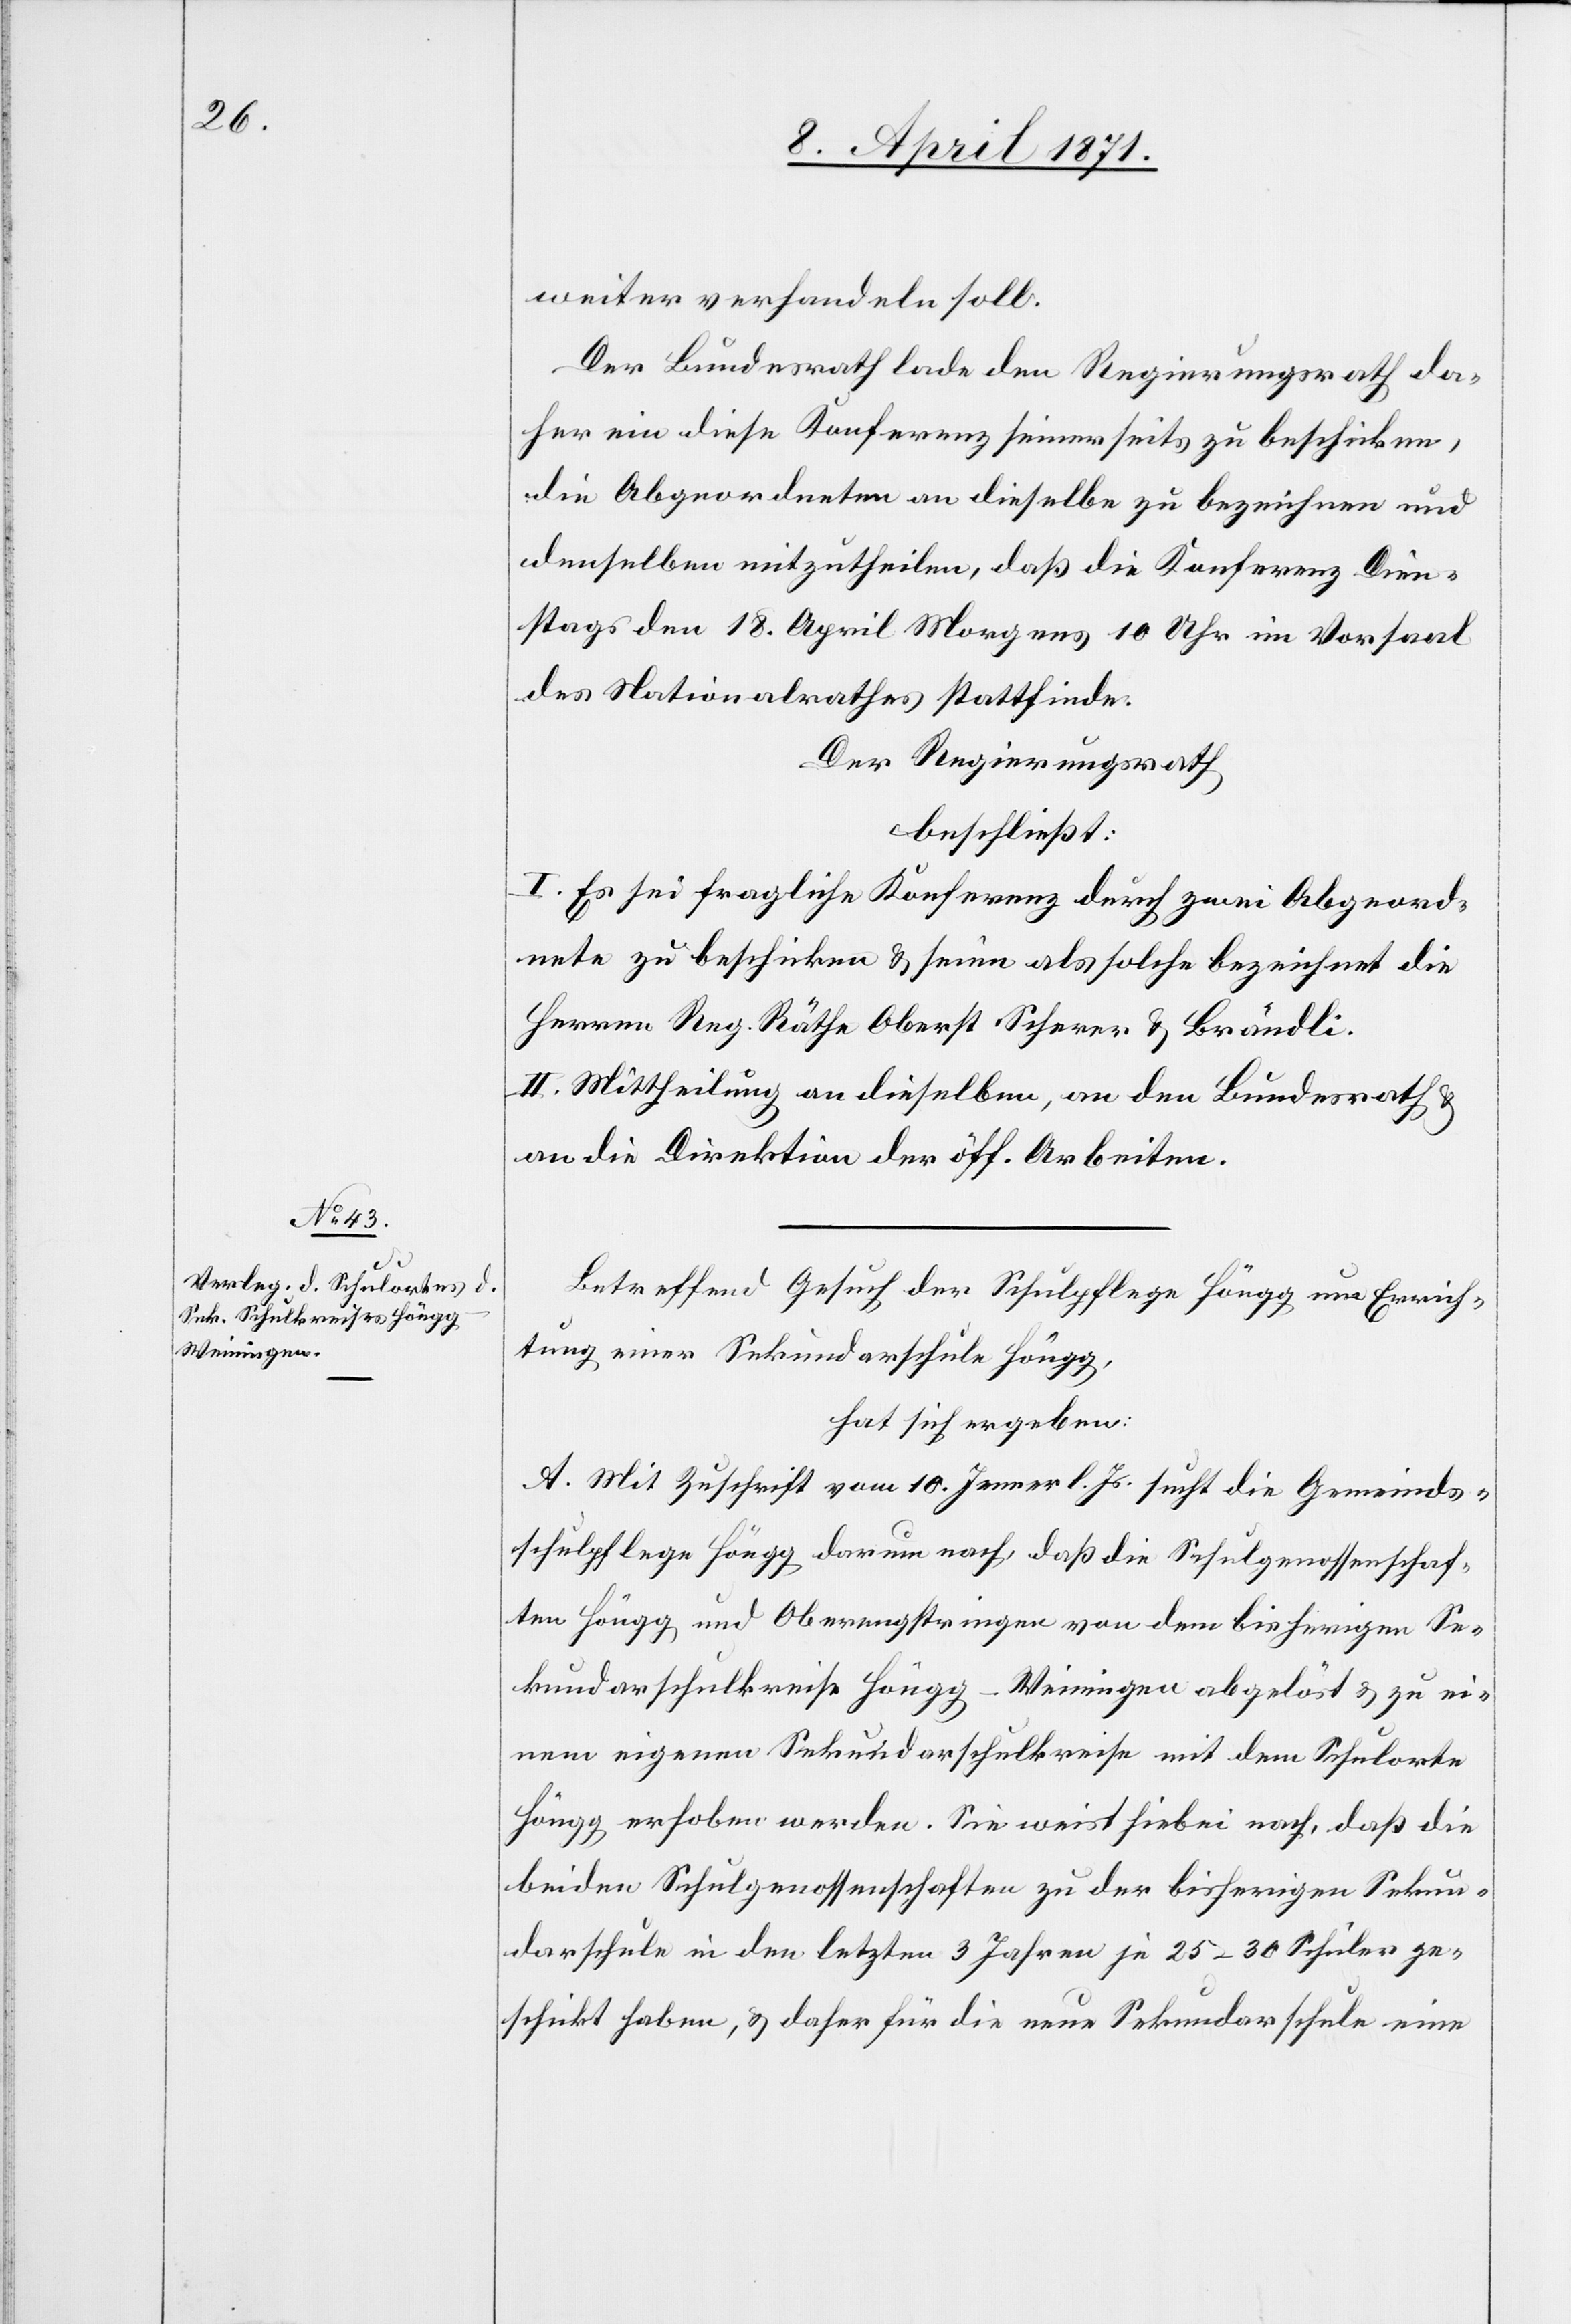
weiter verhandeln soll.
Der Bundesrath lade den Regierungsrath da¬
her ein diese Konferenz seinerseits zu beschicken,
die Abgeordneten an dieselbe zu bezeichnen und
denselben mitzutheilen, daß die Konferenz Dien¬
stags den 18. April Morgens 10 Uhr im Vorsaal
des Nationalrathes stattfinde.
Der Regierungsrath
beschließt:
I. Es sei fragliche Konferenz durch zwei Abgeord¬
nete zu beschicken u. seien als solche bezeichnet die
Herren Reg. Räthe Oberst Scherer u. Brändli.
II. Mittheilung an dieselben, an den Bundesrath u.
an die Direktion der öff. Arbeiten.
Betreffend Gesuch der Schulpflege Höngg um Errich¬
tung einer Sekundarschule Höngg,
hat sich ergeben:
A. Mit Zuschrift vom 10. Jenner l. Js. sucht die Gemeinds¬
schulpflege Höngg darum nach, daß die Schulgenossenschaf¬
ten Höngg und Oberengstringen von dem bisherigen Se¬
kundarschulkreise Höngg-Weiningen abgelöst u. zu ei¬
nem eigenen Sekundarschulkreise mit dem Schulorte
Höngg erhoben werden. Sie weist hiebei nach, daß die
beiden Schulgenossenschaften zu der bisherigen Sekun¬
darschule in den letzten 3 Jahren je 25–30 Schüler ge¬
schickt haben, u. daher für die neue Sekundarschule eine